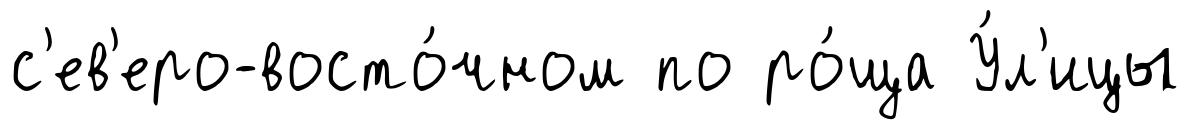
с'ев'еро-восто́чном по ро́ща У́л'ицы